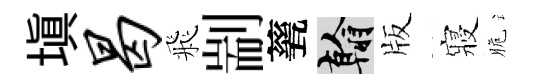
塡曷飛剬甆翰版寢脆